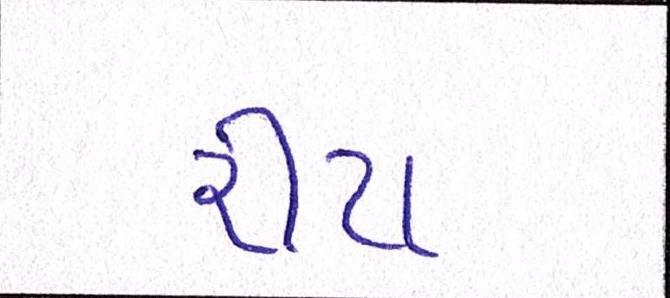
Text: રીટા